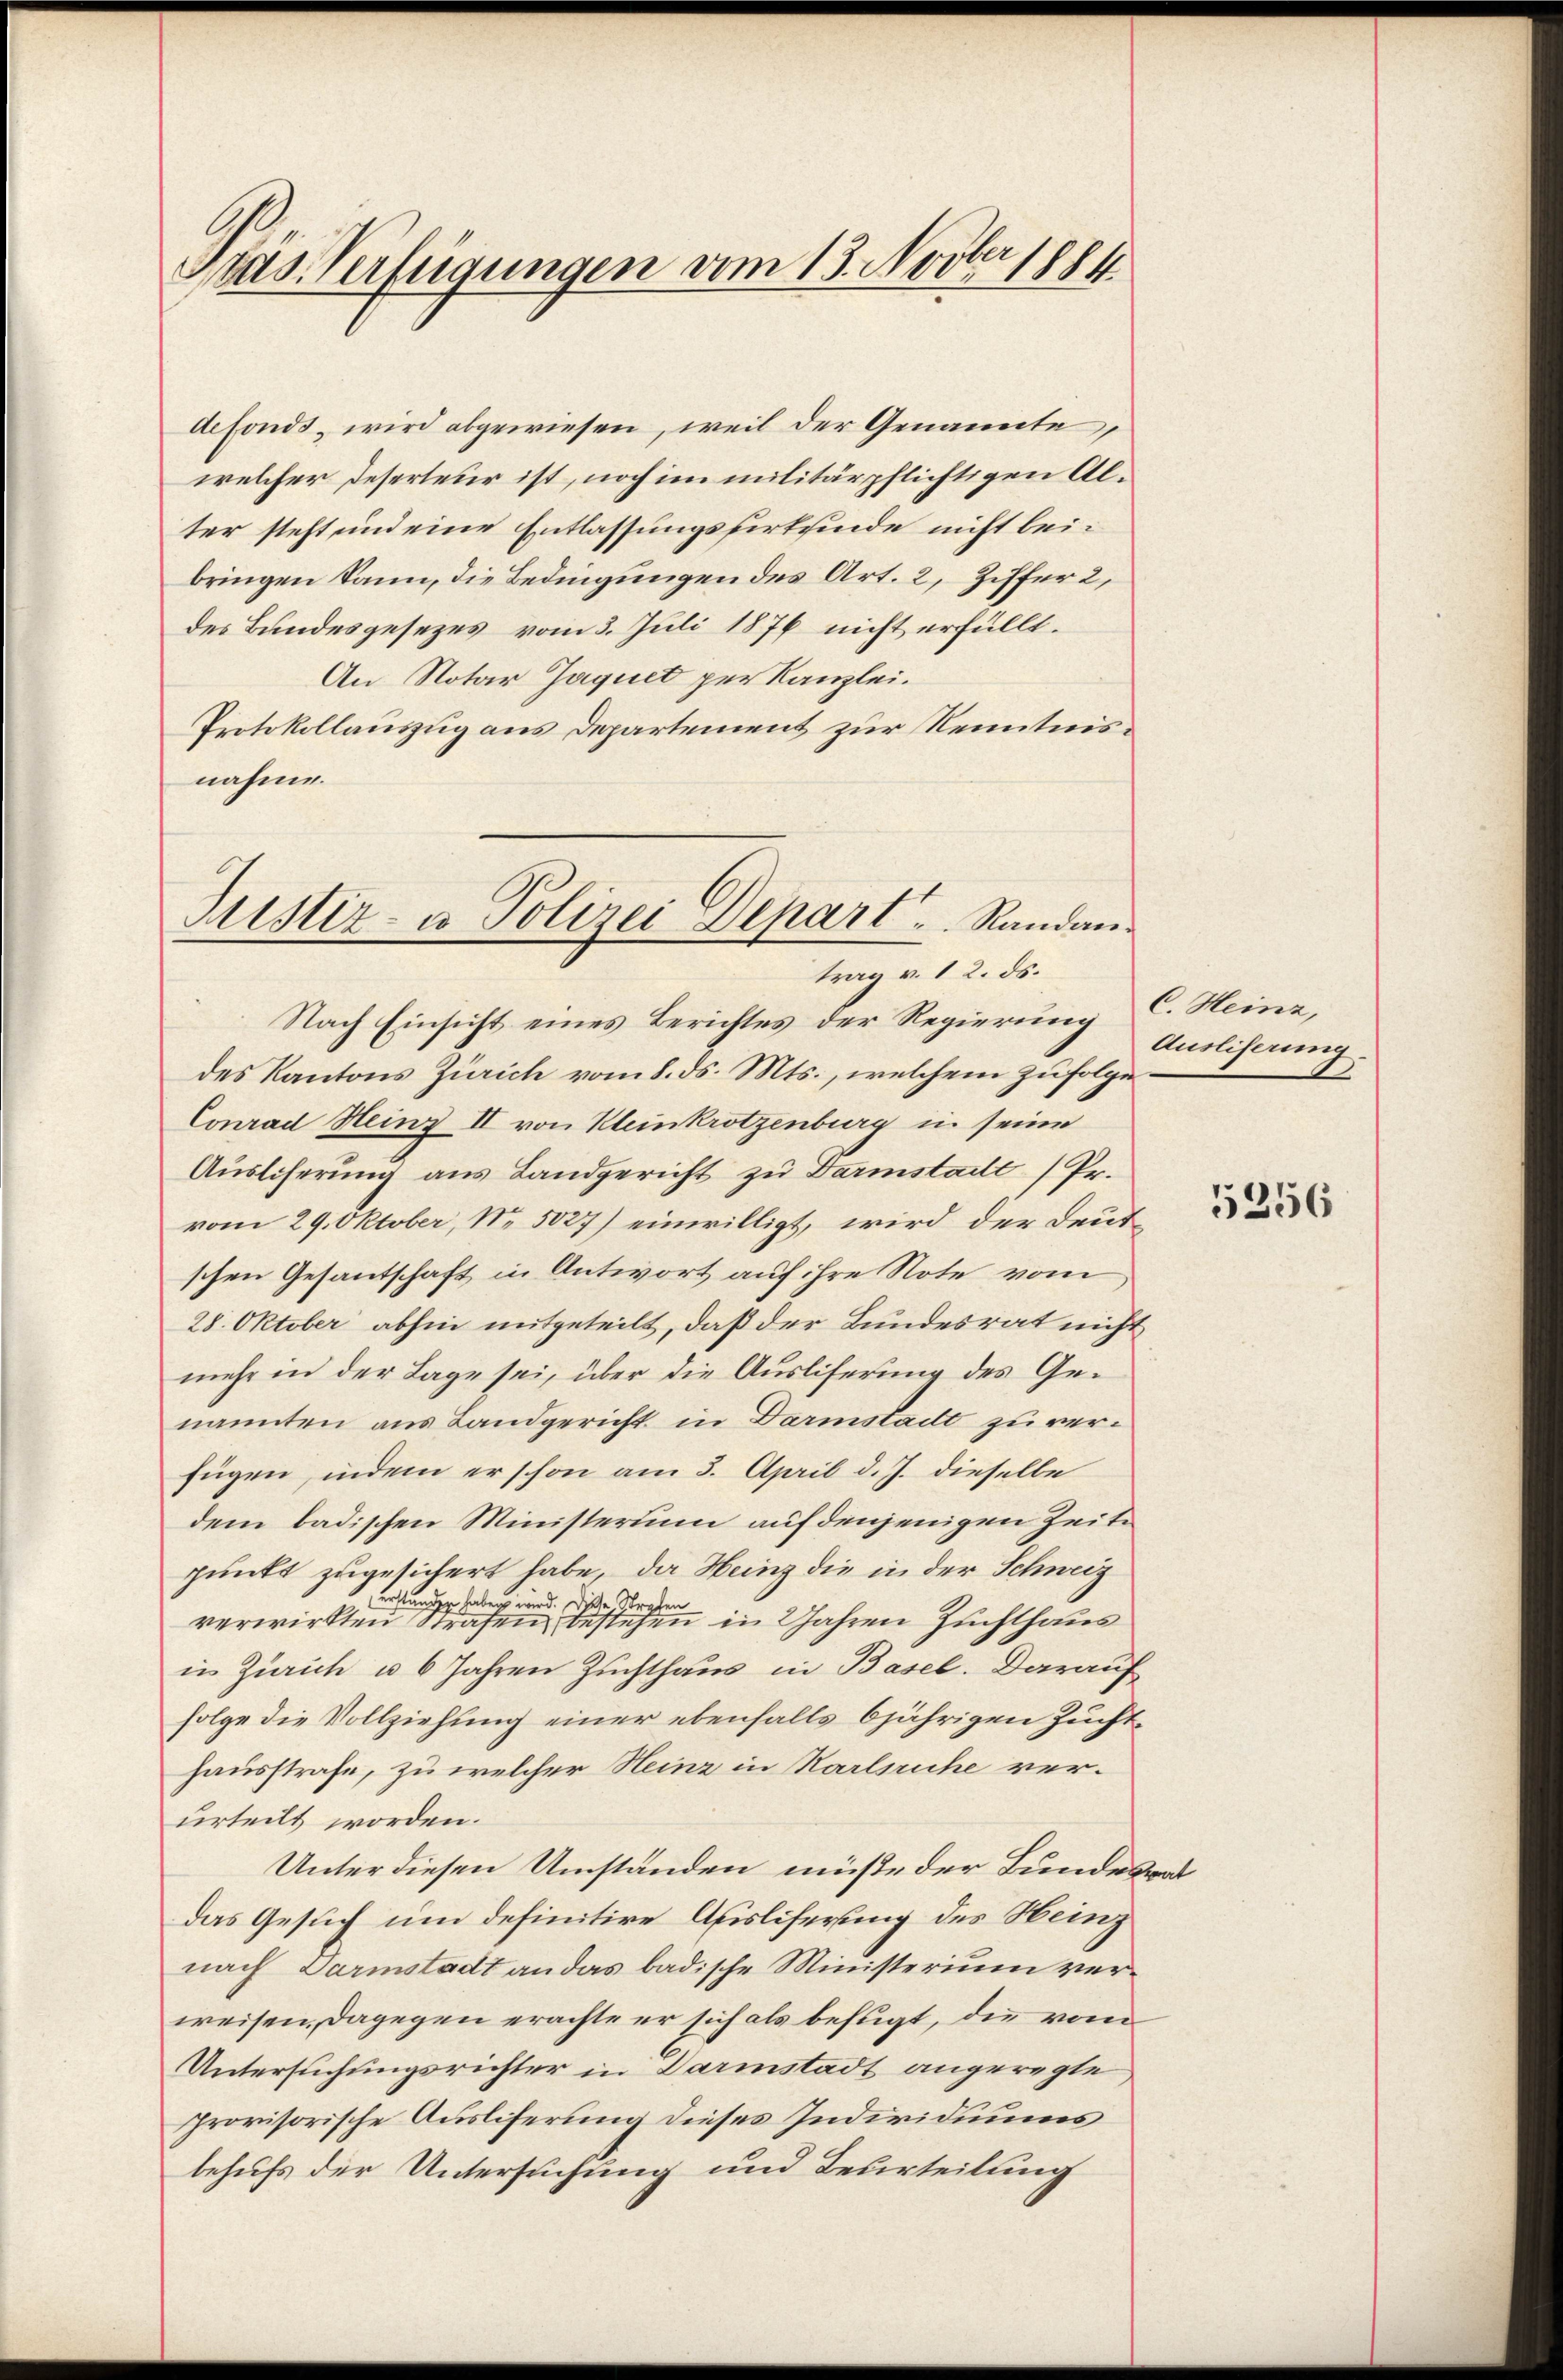
Das Verfügungen vom 13. Novber 1884

defonds, wird abgewiesen, weil der Genannte,
welcher Deserteur ist, noch im militärpflichtigen Alter steht und eine Entlassungsverkinde nicht bei-
bringen kann, die Bedingungen des Art. 2, Ziffer 2,
des Bundesgesezes vom 3. Juli 1876 nicht erfüllt.
An Notar Jaquet per Kanzlei.
Protokollauszug aus Departement zur Kenntnis.
nahme.
Justiz- u Polizei Depart ..  Randan¬

trag v. 12. ds.

Nach Einsicht eines Berichtes der Regierung C. Heinz,
des Kantons Zürich vom 8. ds. Mts., welchem zufolge
Conrad Heinz II von Kleinkrötzenburg in seine
Ausliferung aus Landgericht zu Darmstadt /Pr.
vom 29. Oktober, No. 5027) einwilligt, wird der Deut
schen Gesandtschaft in Antwort auf ihre Note vom
28. Oktober abhin mitgeteilt, daß der Bundesrat nicht
mehr in der Lage sei, über die Ausliferung des Genannten aus Landgericht in Darmstadt zu verfügen, indem er schon am 3. April d. J. dieselbe
dem badischen Ministerium auf denjenigen Zeitpunkt zugesichert habe, da Heinz die in der Schweiz
rständen haben wird. Diese Strafen
verwirkten Strafen bestehen in Jahren Zuchthaus
in Zürich u 6 Jahren Zuchthaus in Basel. Darauf
folge die Vollziehung einer ebenfalls 6jährigen Zuchthausstrafe, zu welcher Heinz in Karlsruhe verurteilt worden.
Unter diesen Umständen müße der Bundesrat
das Gesuch um definitive Afisliferung des Heinz
nach Darmstadt an das badische Ministerium verweisen, dagegen erachte er sich als befugt, die vom
Untersuchungsrichter in Darmstadt angeregte,
provisorische Ausliferung dieses Individiums
behufs der Untersuchung und Beurteilung

Ausliferung.

5256